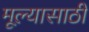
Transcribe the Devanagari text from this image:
मूल्यासाठी